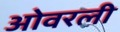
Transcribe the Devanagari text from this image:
ओवरली